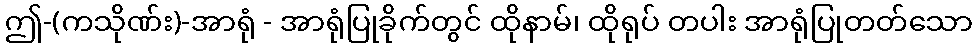
ဤ-(ကသိုဏ်း)-အာရုံ - အာရုံပြုခိုက်တွင် ထိုနာမ်၊ ထိုရုပ် တပါး အာရုံပြုတတ်သော